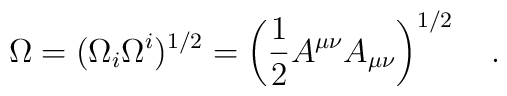
\Omega=(\Omega_i \Omega^i)^{1/2}=\left(\frac 12 A^{\mu\nu}A_{\mu\nu}\right)^{1/2}~~~.